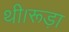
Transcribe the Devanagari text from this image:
थी।रूड़ा